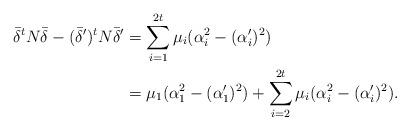
LaTeX: \begin{align*}\bar{\delta}^t N \bar{\delta} - (\bar{\delta}')^t N \bar{\delta}' &= \sum_{i=1}^{2t} \mu_i(\alpha_i^2-(\alpha_i')^2) \\&= \mu_1(\alpha_1^2-(\alpha_1')^2) + \sum_{i=2}^{2t} \mu_i(\alpha_i^2-(\alpha_i')^2).\end{align*}